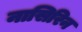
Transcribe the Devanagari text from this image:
नासिरिन